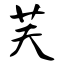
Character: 芙